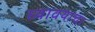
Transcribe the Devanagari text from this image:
घ्‍यावयाचा